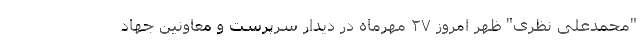
"محمدعلی نظری" ظهر امروز ۲۷ مهرماه در دیدار سرپرست و معاونین جهاد